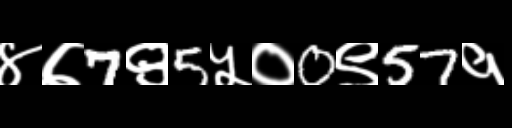
Text: ४७7९5५०0९57१